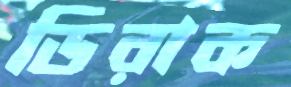
ডিরাক